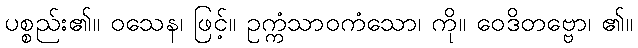
ပစ္စည်း၏။ ဝသေန၊ ဖြင့်။ ဥက္ကံသာဝကံသော၊ ကို။ ဝေဒိတဗ္ဗော၊ ၏။